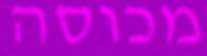
מכוסה